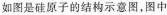
如图是硅原子的结构示意图，图中